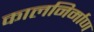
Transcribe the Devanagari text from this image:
कालनिर्माण